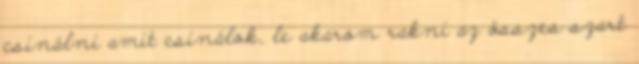
csinálni amit csinálok, le akarom rakni az összes szart